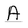
Character: A